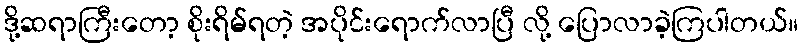
ဒို့ဆရာကြီးတော့ စိုးရိမ်ရတဲ့ အပိုင်းရောက်လာပြီ လို့ ပြောလာခဲ့ကြပါတယ်။